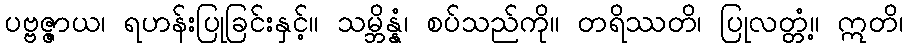
ပဗ္ဗဇ္ဇာယ၊ ရဟန်းပြုခြင်းနှင့်။ သမ္ဘိန္နံ၊ စပ်သည်ကို။ တရိဿတိ၊ ပြုလတ္တံ့။ ဣတိ၊